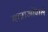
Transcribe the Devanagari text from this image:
मात्राओंवाले